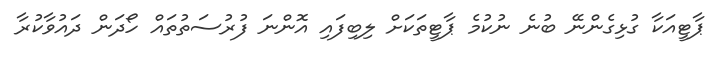
ޕާޓީއަކާ ގުޅިގެންނޭ ބުނެ ނުކުމެ ޕާޓީތަކަށް ލިބިފައި އޮންނަ ފުރުސަތުތައް ހޯދަން ދައުވާކުރާ